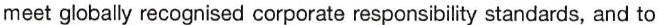
meet globally recognised corporate responsibility standards, and to